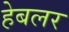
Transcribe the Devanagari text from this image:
हेबलर